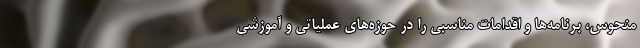
منحوس، برنامه‌ها و اقدامات مناسبی را در حوزه‌های عملیاتی و آموزشی